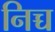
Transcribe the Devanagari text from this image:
निच्च